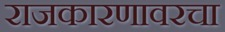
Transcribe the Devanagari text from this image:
राजकारणावरचा